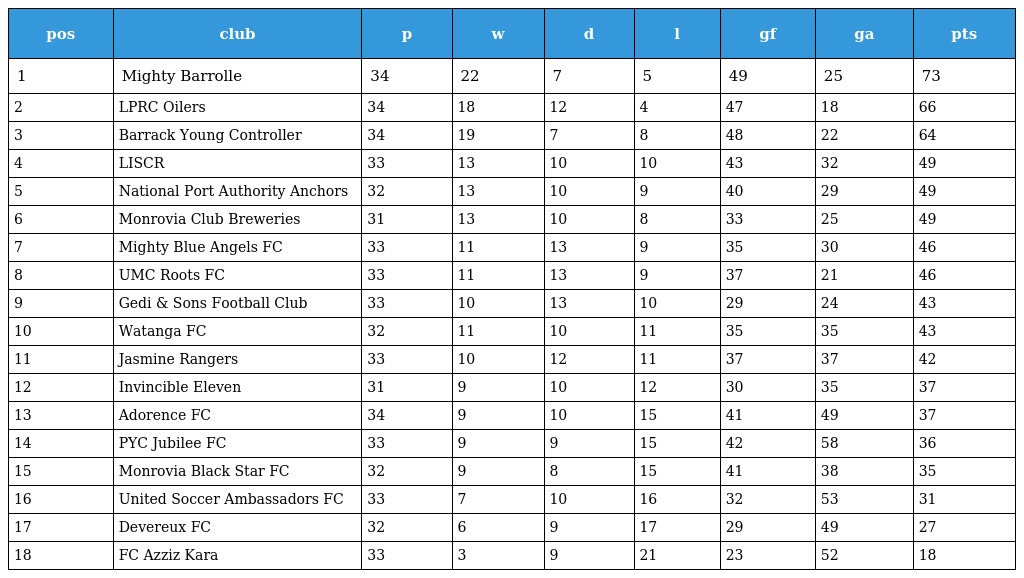
| pos | club | p | w | d | l | gf | ga | pts |
 | --- | --- | --- | --- | --- | --- | --- | --- | --- |
 | 1 | Mighty Barrolle | 34 | 22 | 7 | 5 | 49 | 25 | 73 |
 | 2 | LPRC Oilers | 34 | 18 | 12 | 4 | 47 | 18 | 66 |
 | 3 | Barrack Young Controller | 34 | 19 | 7 | 8 | 48 | 22 | 64 |
 | 4 | LISCR | 33 | 13 | 10 | 10 | 43 | 32 | 49 |
 | 5 | National Port Authority Anchors | 32 | 13 | 10 | 9 | 40 | 29 | 49 |
 | 6 | Monrovia Club Breweries | 31 | 13 | 10 | 8 | 33 | 25 | 49 |
 | 7 | Mighty Blue Angels FC | 33 | 11 | 13 | 9 | 35 | 30 | 46 |
 | 8 | UMC Roots FC | 33 | 11 | 13 | 9 | 37 | 21 | 46 |
 | 9 | Gedi & Sons Football Club | 33 | 10 | 13 | 10 | 29 | 24 | 43 |
 | 10 | Watanga FC | 32 | 11 | 10 | 11 | 35 | 35 | 43 |
 | 11 | Jasmine Rangers | 33 | 10 | 12 | 11 | 37 | 37 | 42 |
 | 12 | Invincible Eleven | 31 | 9 | 10 | 12 | 30 | 35 | 37 |
 | 13 | Adorence FC | 34 | 9 | 10 | 15 | 41 | 49 | 37 |
 | 14 | PYC Jubilee FC | 33 | 9 | 9 | 15 | 42 | 58 | 36 |
 | 15 | Monrovia Black Star FC | 32 | 9 | 8 | 15 | 41 | 38 | 35 |
 | 16 | United Soccer Ambassadors FC | 33 | 7 | 10 | 16 | 32 | 53 | 31 |
 | 17 | Devereux FC | 32 | 6 | 9 | 17 | 29 | 49 | 27 |
 | 18 | FC Azziz Kara | 33 | 3 | 9 | 21 | 23 | 52 | 18 |